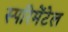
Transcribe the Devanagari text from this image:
स्परिमेंटेल